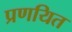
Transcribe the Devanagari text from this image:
प्रणयित